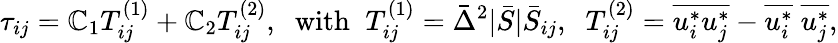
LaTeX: {\tau_{ij}}={\mathbb{C}_{1}}T_{ij}^{\left(1\right)}+{\mathbb{C}_{2}}T_{ij}^{\left(2\right)},\; \; \mathrm{{{with}}}\; \; T_{ij}^{\left(1\right)}={{\bar{{\Delta}}}^{2}}|\bar{{S}}|{{\bar{{S}}}_{ij}},\; \; T_{ij}^{\left(2\right)}=\overline{{{u_{i}^{*}u_{j}^{*}}}}-\overline{{{u_{i}^{*}}}}\; \overline{{{u_{j}^{*}}}},